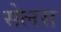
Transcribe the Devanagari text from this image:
सेलस